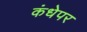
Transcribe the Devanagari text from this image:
कंधेपर